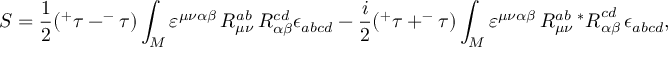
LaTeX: S = \frac 1 2 ( ^ { + } \tau - ^ { - } \tau ) \int _ { M } \varepsilon ^ { \mu \nu \alpha \beta } \, { \cal R } _ { \mu \nu } ^ { a b } \, { \cal R } _ { \alpha \beta } ^ { c d } \epsilon _ { a b c d } - \frac i 2 ( ^ { + } \tau + ^ { - } \tau ) \int _ { M } \varepsilon ^ { \mu \nu \alpha \beta } \, { \cal R } _ { \mu \nu } ^ { a b } \, { ^ { * } { \cal R } } _ { \alpha \beta } ^ { c d } \, \epsilon _ { a b c d } ,